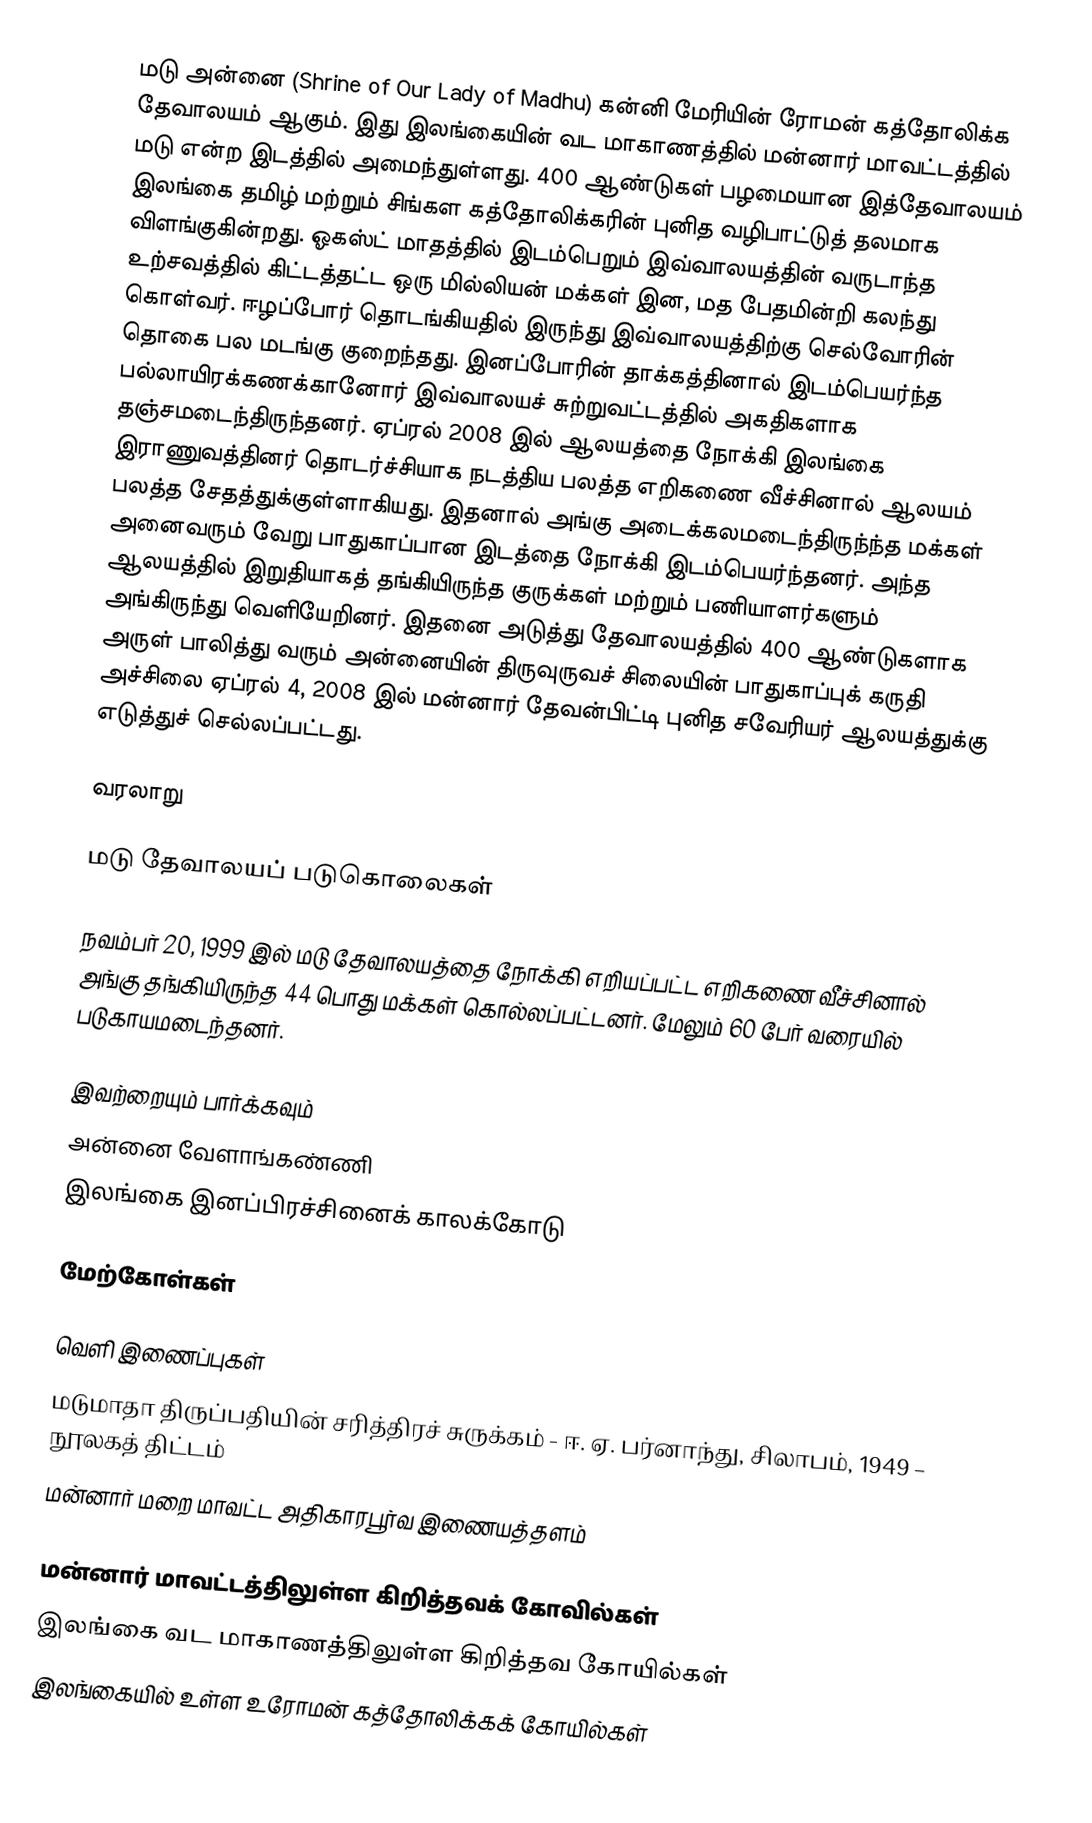
மடு அன்னை (Shrine of Our Lady of Madhu) கன்னி மேரியின் ரோமன் கத்தோலிக்க தேவாலயம் ஆகும். இது இலங்கையின் வட மாகாணத்தில் மன்னார் மாவட்டத்தில் மடு என்ற இடத்தில் அமைந்துள்ளது. 400 ஆண்டுகள் பழமையான இத்தேவாலயம் இலங்கை தமிழ் மற்றும் சிங்கள கத்தோலிக்கரின் புனித வழிபாட்டுத் தலமாக விளங்குகின்றது. ஓகஸ்ட் மாதத்தில் இடம்பெறும் இவ்வாலயத்தின் வருடாந்த உற்சவத்தில் கிட்டத்தட்ட ஒரு மில்லியன் மக்கள் இன, மத பேதமின்றி கலந்து கொள்வர். ஈழப்போர் தொடங்கியதில் இருந்து இவ்வாலயத்திற்கு செல்வோரின் தொகை பல மடங்கு குறைந்தது. இனப்போரின் தாக்கத்தினால் இடம்பெயர்ந்த பல்லாயிரக்கணக்கானோர் இவ்வாலயச் சுற்றுவட்டத்தில் அகதிகளாக தஞ்சமடைந்திருந்தனர். ஏப்ரல் 2008 இல் ஆலயத்தை நோக்கி இலங்கை இராணுவத்தினர் தொடர்ச்சியாக நடத்திய பலத்த எறிகணை வீச்சினால் ஆலயம் பலத்த சேதத்துக்குள்ளாகியது. இதனால் அங்கு அடைக்கலமடைந்திருந்ந்த மக்கள் அனைவரும் வேறு பாதுகாப்பான இடத்தை நோக்கி இடம்பெயர்ந்தனர். அந்த ஆலயத்தில் இறுதியாகத் தங்கியிருந்த குருக்கள் மற்றும் பணியாளர்களும் அங்கிருந்து வெளியேறினர். இதனை அடுத்து தேவாலயத்தில் 400 ஆண்டுகளாக அருள் பாலித்து வரும் அன்னையின் திருவுருவச் சிலையின் பாதுகாப்புக் கருதி அச்சிலை ஏப்ரல் 4, 2008 இல் மன்னார் தேவன்பிட்டி புனித சவேரியர் ஆலயத்துக்கு எடுத்துச் செல்லப்பட்டது.

வரலாறு

மடு தேவாலயப் படுகொலைகள்

நவம்பர் 20, 1999 இல் மடு தேவாலயத்தை நோக்கி எறியப்பட்ட எறிகணை வீச்சினால் அங்கு தங்கியிருந்த 44 பொது மக்கள் கொல்லப்பட்டனர். மேலும் 60 பேர் வரையில் படுகாயமடைந்தனர்.

இவற்றையும் பார்க்கவும்
 அன்னை வேளாங்கண்ணி
 இலங்கை இனப்பிரச்சினைக் காலக்கோடு

மேற்கோள்கள்

வெளி இணைப்புகள்
 மடுமாதா திருப்பதியின் சரித்திரச் சுருக்கம் - ஈ. ஏ. பர்னாந்து, சிலாபம், 1949  – நூலகத் திட்டம்
 மன்னார் மறை மாவட்ட அதிகாரபூர்வ இணையத்தளம்

மன்னார் மாவட்டத்திலுள்ள கிறித்தவக் கோவில்கள்
இலங்கை வட மாகாணத்திலுள்ள கிறித்தவ கோயில்கள்
இலங்கையில் உள்ள உரோமன் கத்தோலிக்கக் கோயில்கள்